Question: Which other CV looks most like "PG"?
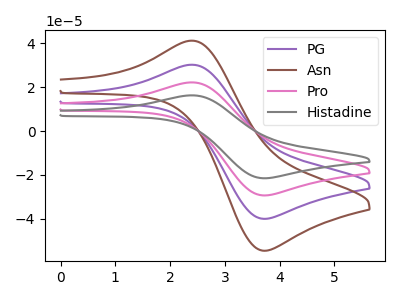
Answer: <think>The purple curve "PG" has an anodic peak at (2.45V, 30.20uA) and a cathodic peak at (3.70V, -40.10uA). The brown curve "Asn" has an anodic peak at (2.45V, 41.15uA) and a cathodic peak at (3.70V, -54.65uA). The pink curve "Pro" has an anodic peak at (2.45V, 60.40uA) and a cathodic peak at (3.70V, -80.20uA). The gray curve "Histadine" has an anodic peak at (2.45V, 90.55uA) and a cathodic peak at (3.70V, -120.30uA).
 All the peaks in "PG" have a peak in "Asn" at the same potential. Every peak in "PG" is lower than every peak in "Asn". All the peaks in "PG" have a peak in "Pro" at the same potential. Every peak in "PG" is lower than every peak in "Pro". All the peaks in "PG" have a peak in "Histadine" at the same potential. Every peak in "PG" is lower than every peak in "Histadine". All the peaks in "Asn" have a peak in "Pro" at the same potential. Every peak in "Asn" is lower than every peak in "Pro". All the peaks in "Asn" have a peak in "Histadine" at the same potential. Every peak in "Asn" is lower than every peak in "Histadine". All the peaks in "Pro" have a peak in "Histadine" at the same potential. Every peak in "Pro" is lower than every peak in "Histadine".</think>
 <answer>"PG", "Pro" and "Histadine" have a similar shape to "Asn".</answer>
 <eval>"PG" "Pro" "Histadine"</eval>